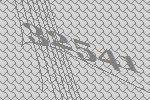
32541